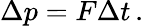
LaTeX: \Delta p=F\Delta t\, .